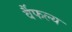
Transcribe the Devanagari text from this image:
र्वैफल्य